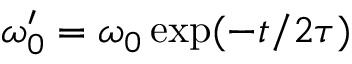
\omega _ { 0 } ^ { \prime } = \omega _ { 0 } \exp ( - t / 2 \tau )